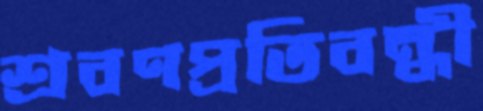
শ্রবণপ্রতিবন্ধী